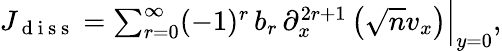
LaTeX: \begin{array}{r}{J_{\mathrm{~d~i~s~s~}}=\sum_{r=0}^{\infty}(-1)^{r}\, b_{r}\, \partial_{x}^{2r+1}\left(\sqrt{n}v_{x}\right)\Big|_{y=0},}\end{array}